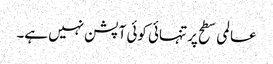
عالمی سطح پر تنہائی کوئی آپشن نہیں ہے۔